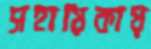
সহায়িকায়